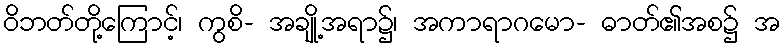
ဝိဘတ်တို့ကြောင့်၊ ကွစိ- အချို့အရာ၌၊ အကာရာဂမော- ဓာတ်၏အစ၌ အ